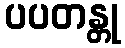
ပပတန္တု